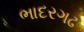
ભાદરગઢ